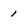
Character: 1